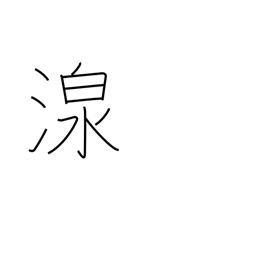
Meaning: spring